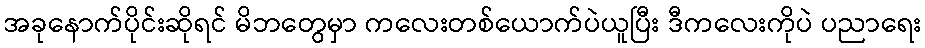
အခုနောက်ပိုင်းဆိုရင် မိဘတွေမှာ ကလေးတစ်ယောက်ပဲယူပြီး ဒီကလေးကိုပဲ ပညာရေး